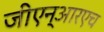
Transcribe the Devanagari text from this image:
जीएन्‌आरएच